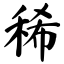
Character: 稀